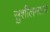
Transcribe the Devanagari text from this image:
सुशीलमाला